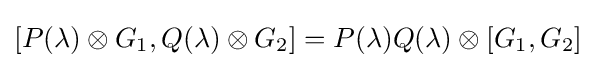
[P(\lambda )\otimes G_{1},Q(\lambda )\otimes G_{2}]=P(\lambda )Q(\lambda )\otimes [G_{1},G_{2}]